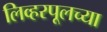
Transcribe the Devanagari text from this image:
लिव्हरपूलच्या